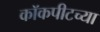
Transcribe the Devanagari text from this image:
कॉकपीटच्या